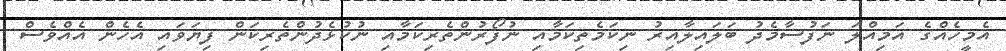
އެމީހެއްގެ އަމިއްލަ ނަފުސާމެދު ބަލައިލާއިރު ނިކަމެތިކަމާއި ނުފޯރުންތެރިކަމާއި ނުކުޅެދުންތެރިކަން ފިޔަވައި އެހެން އެއްވެސް